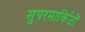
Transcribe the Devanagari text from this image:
सुपरमार्किटों